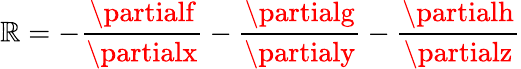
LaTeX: \mathbb{R}=-\frac{{\partialf}}{{\partialx}}-\frac{{\partialg}}{{\partialy}}-\frac{{\partialh}}{{\partialz}}